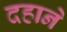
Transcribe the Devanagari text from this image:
दहाने